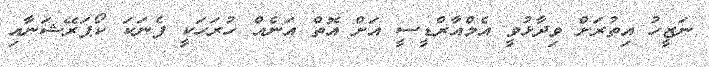
ނަޒީހު އިތުރަށް ވިދާޅުވީ އެމްއާރްޑީސީ އަށް އޮތް އަނެއް ހުރަހަކީ ފެނަކަ ކޯޕަރޭޝަނާއި